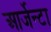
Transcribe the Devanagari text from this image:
आर्जेन्टा